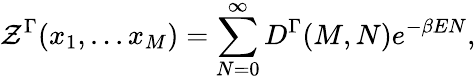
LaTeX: {\cal Z}^{\Gamma}(x_{1},...x_{M})=\sum_{N=0}^{\infty}D^{\Gamma}(M,N)e^{-\beta EN},